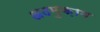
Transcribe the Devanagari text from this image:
अठमुक़ाम